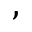
,